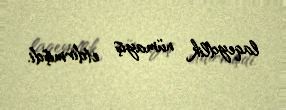
laqeydlik nümayiş etdirmişdi.